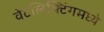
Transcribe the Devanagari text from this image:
वेटलिफ्टिंगमध्ये